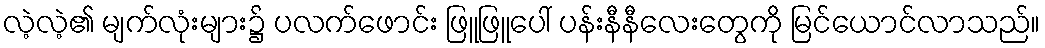
လဲ့လဲ့၏ မျက်လုံးများ၌ ပလက်ဖောင်း ဖြူဖြူပေါ် ပန်းနီနီလေးတွေကို မြင်ယောင်လာသည်။